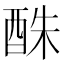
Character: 䣷